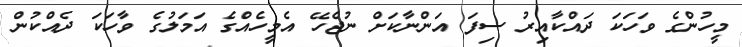
މީހުންގެ ވަހަކަ ދައްކާއިރު ސިފަ އަންނާކަށް ނުޖެހޭ އެމީހެއްގެ އަމަލުގެ ވާހަކަ ދެއްކުން